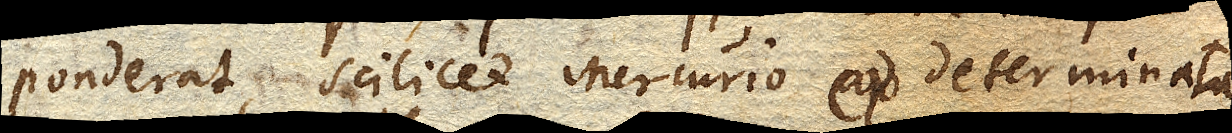
ponderat, scilicet Mercurio ex determinata